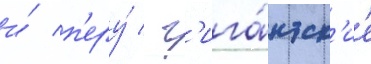
и́ п'еру́ / г'ига́нтск'ие